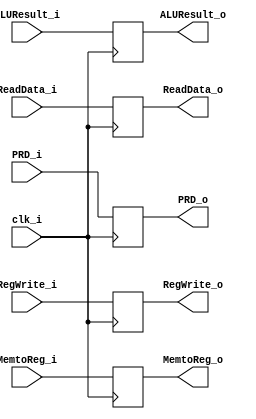
//Done
module MEMWB
(
    RegWrite_i,RegWrite_o,MemtoReg_i,MemtoReg_o,ALUResult_i,ALUResult_o,ReadData_i,ReadData_o,PRD_i,PRD_o,clk_i
);
input RegWrite_i,MemtoReg_i;
input [31:0] ALUResult_i,ReadData_i;
input[4:0] PRD_i;
input clk_i;

output RegWrite_o,MemtoReg_o;
output [31:0] ALUResult_o,ReadData_o;
output [4:0] PRD_o;

reg RegWrite_r,MemtoReg_r;
reg [31:0] ALUResult_r,ReadData_r;
reg [4:0] PRD_r;

assign RegWrite_o= RegWrite_r, MemtoReg_o=MemtoReg_r, ALUResult_o=ALUResult_r,ReadData_o=ReadData_r,PRD_o=PRD_r;

initial begin
    RegWrite_r=0;
    MemtoReg_r=0;
    ALUResult_r=0;
    ReadData_r=0;
    PRD_r=0;
end

always @ (posedge clk_i) begin
    MemtoReg_r<=MemtoReg_i;
    RegWrite_r<=RegWrite_i;
    ALUResult_r<=ALUResult_i;
    ReadData_r<=ReadData_i;
    PRD_r<=PRD_i;
end
endmodule